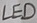
Text: LED